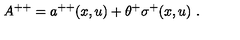
A ^ { + + } = a ^ { + + } ( x , u ) + \theta ^ { + } \sigma ^ { + } ( x , u ) \ .